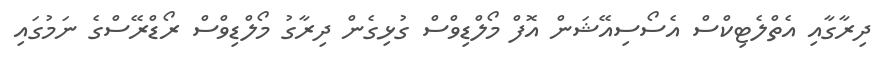
ދިރާގާއި އެތްލެޓިކްސް އެސޯސިއޭޝަން އޮފް މޯލްޑިވްސް ގުޅިގެން ދިރާގު މޯލްޑިވްސް ރޯޑްރޭސްގެ ނަމުގައި